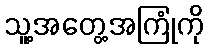
သူ့အတွေ့အကြုံကို